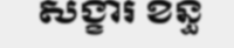
សង្ខារ ខន្ធ